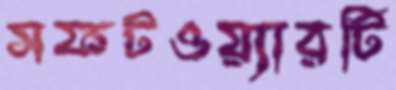
সফটওয়্যারটি